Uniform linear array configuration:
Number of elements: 8
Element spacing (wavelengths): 0.5
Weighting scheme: kaiser
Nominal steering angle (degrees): -60
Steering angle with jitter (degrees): -61.552
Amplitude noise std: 0.05
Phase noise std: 0.05

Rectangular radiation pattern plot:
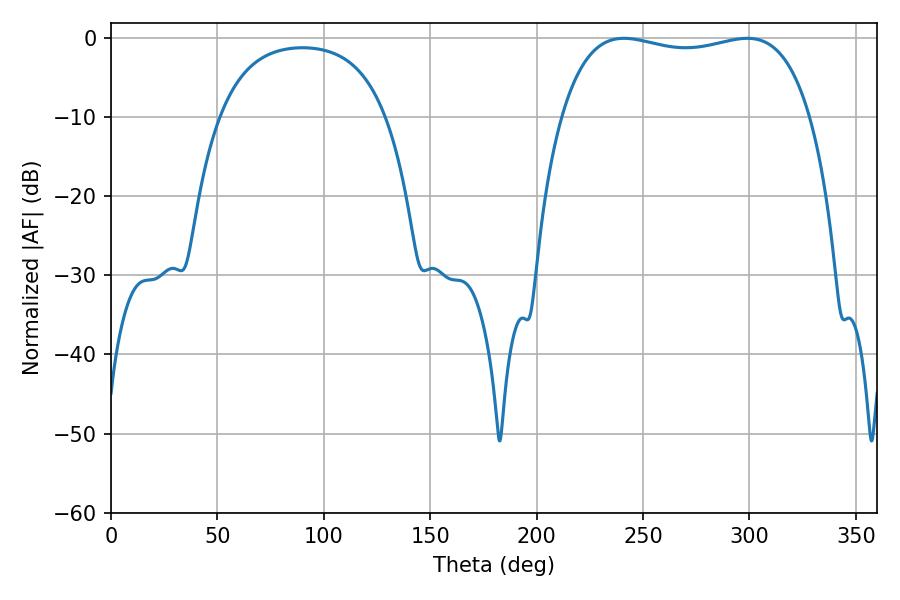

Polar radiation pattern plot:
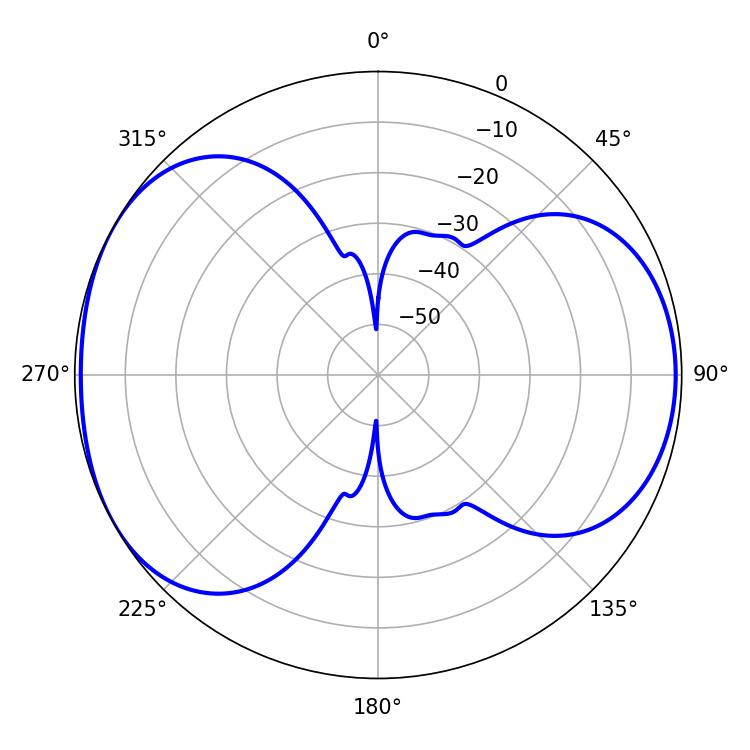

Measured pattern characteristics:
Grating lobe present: FALSE
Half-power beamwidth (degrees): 94.68
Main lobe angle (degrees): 298.98